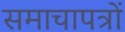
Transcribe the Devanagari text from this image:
समाचापत्रों